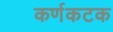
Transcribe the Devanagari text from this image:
कर्णकटक